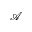
\mathcal { A }